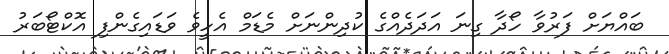
ބައްޔަށް ފަރުވާ ހޯދާ ގިނަ އަދަދެއްގެ ކުދިންނަށް މެޑަމް އެހީވެ ވަޑައިގެންފި އޮކްޓޯބަރު